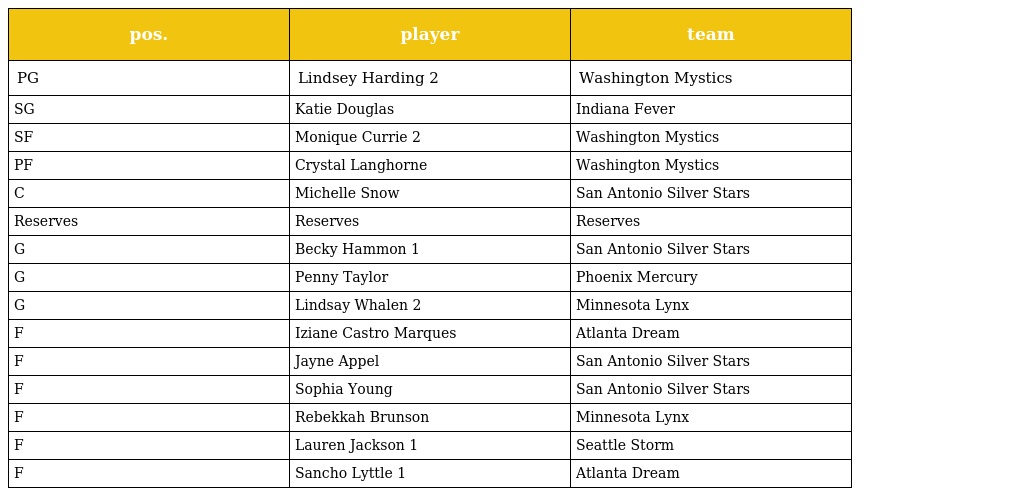
| pos. | player | team |
 | --- | --- | --- |
 | PG | Lindsey Harding 2 | Washington Mystics |
 | SG | Katie Douglas | Indiana Fever |
 | SF | Monique Currie 2 | Washington Mystics |
 | PF | Crystal Langhorne | Washington Mystics |
 | C | Michelle Snow | San Antonio Silver Stars |
 | Reserves | Reserves | Reserves |
 | G | Becky Hammon 1 | San Antonio Silver Stars |
 | G | Penny Taylor | Phoenix Mercury |
 | G | Lindsay Whalen 2 | Minnesota Lynx |
 | F | Iziane Castro Marques | Atlanta Dream |
 | F | Jayne Appel | San Antonio Silver Stars |
 | F | Sophia Young | San Antonio Silver Stars |
 | F | Rebekkah Brunson | Minnesota Lynx |
 | F | Lauren Jackson 1 | Seattle Storm |
 | F | Sancho Lyttle 1 | Atlanta Dream |